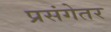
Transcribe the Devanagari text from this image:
प्रसंगेतर